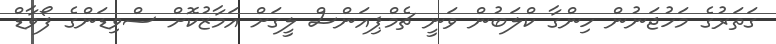
ގަތަރުގެ މަހުޖަނުން ހިންގާ ކްލަބުން ވަނީ ޗެމްޕިއަންސް ލީގަށް އަމާޒުކޮށް ސްވިޑަންގެ ފޯވާޑް